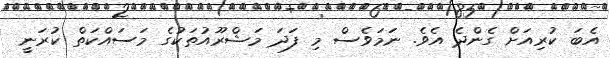
އެބަ ކުރިއަށް ގެންދެ އެވެ. ނަމަވެސް މި ފަދަ މަޝްރޫއުތަކުގެ މަސައްކަތް ކުރަނީ